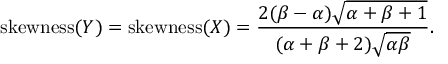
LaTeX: { \mathrm { s k e w n e s s } } ( Y ) = { \mathrm { s k e w n e s s } } ( X ) = { \frac { 2 ( \beta - \alpha ) { \sqrt { \alpha + \beta + 1 } } } { ( \alpha + \beta + 2 ) { \sqrt { \alpha \beta } } } } .